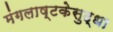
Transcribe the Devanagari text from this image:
मंगलाष्टकेसुद्धा